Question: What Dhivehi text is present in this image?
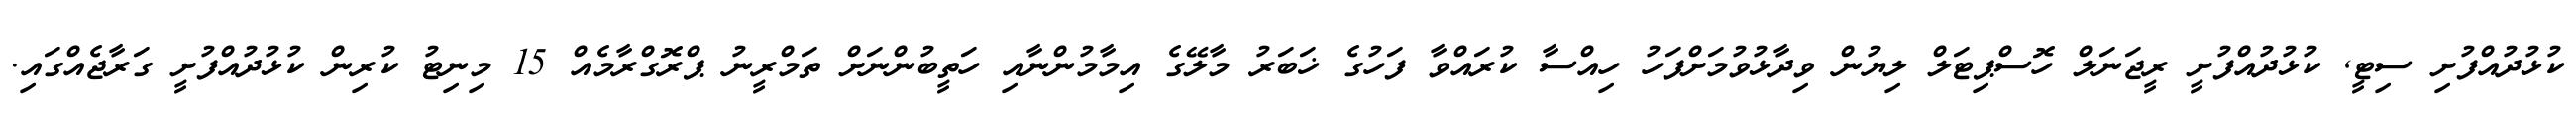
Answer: ކުޅުދުއްފުށި ސިޓީ, ކުޅުދުއްފުށީ ރީޖަނަލް ހޮސްޕިޓަލް ލިޔުން ވިދާޅުވުމަށްފަހު ހިއްސާ ކުރައްވާ ފަހުގެ ޚަބަރު މާލޭގެ އިމާމުންނާއި ހަތީބުންނަށް ތަމްރީނު ޕްރޮގްރާމެއް 15 މިނިޓު ކުރިން ކުޅުދުއްފުށީ ގަރާޖެއްގައި.